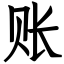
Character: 账